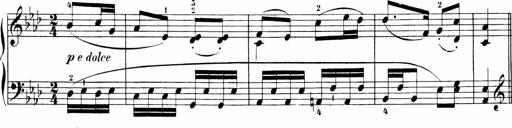
Title: 6 Sonatinas
Composer: Carl Reinecke